Jarvakandi_vallavalitsus, lk 4
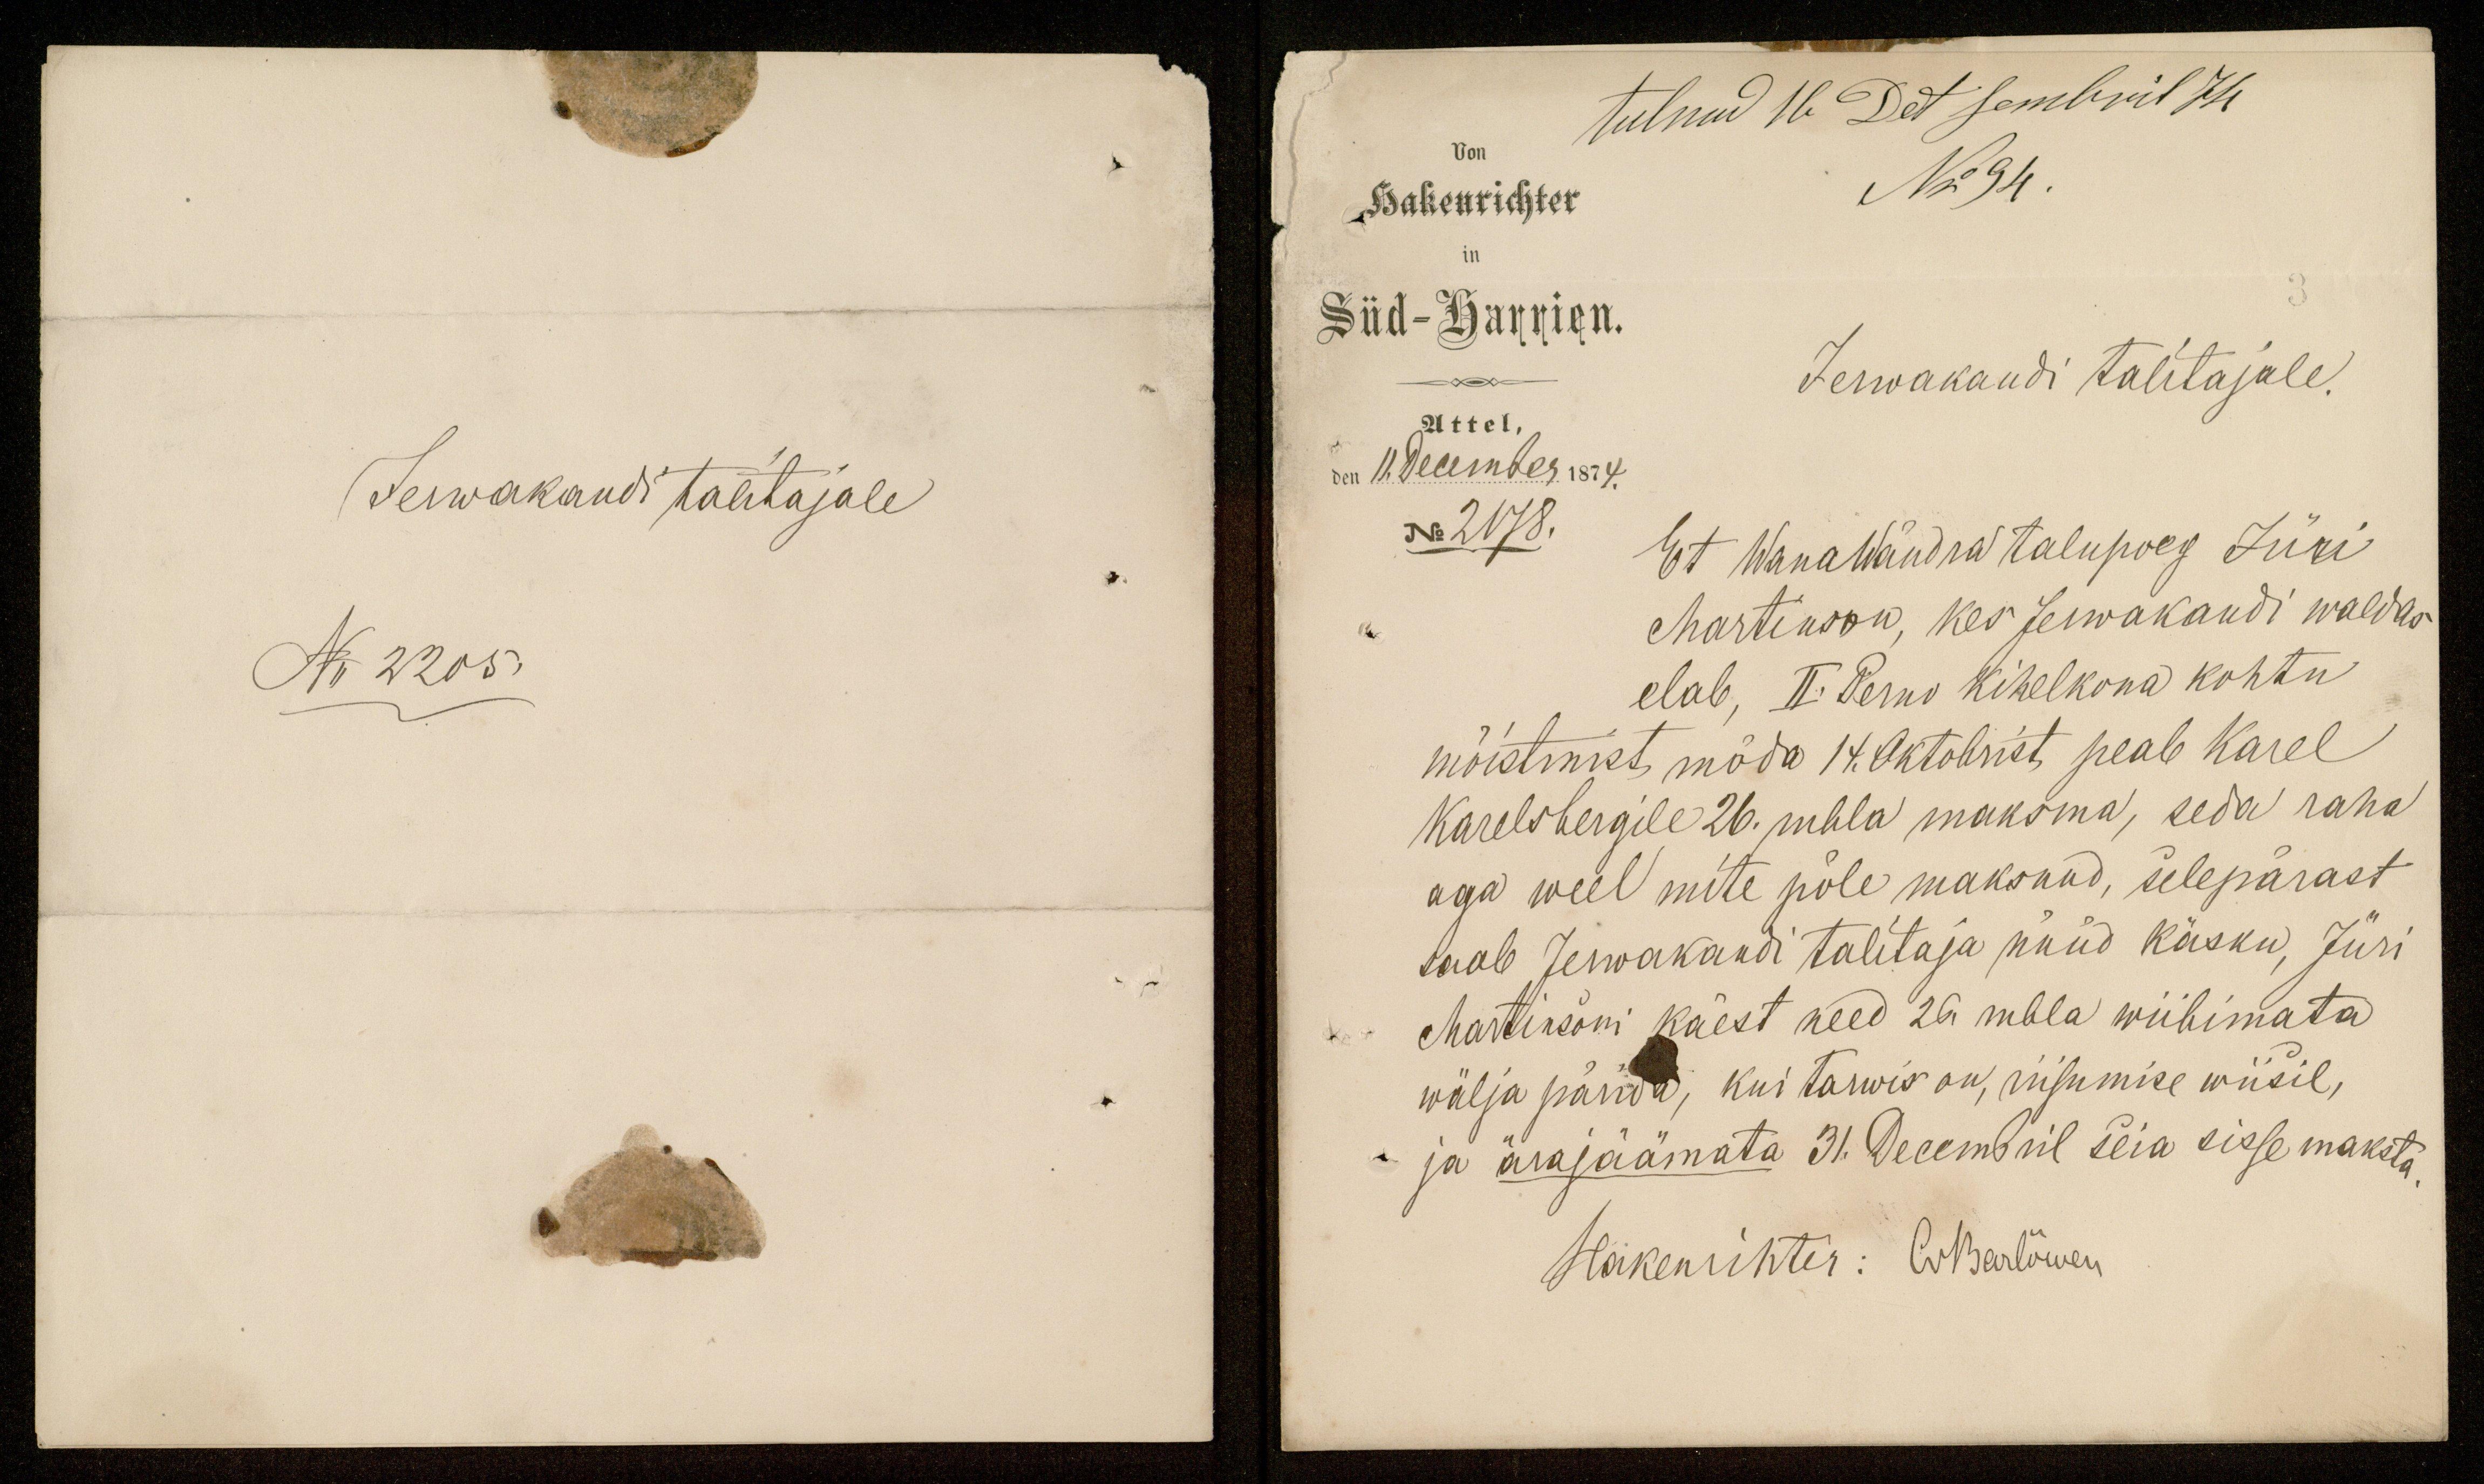
Jerwakandi talitajale
No 2205.

tulnud 16 Detsembril 74
Vom
Hakenrichter
No 94.
in
Süd-Harrien.
Jerwakandi talitajale.
Attel,
den 11. Decembr 1874.
No 2178.
Et Wanawändra talupoeg Jüri
Martinson, kes Jerwakandi waldas
elab, II. Perno kihelkona kohtu
mõistmist möda 14. oktobrist, peab Karel
Karelsbergile 26. rubla maksma, seda raha
aga weel mite põle maksnud, selepärast
saab Jerwakandi talitaja nüüd käsku, Jüri
Martinsoni käest need 26 rubla wiibimata
wälja pärida, kui tarwis on, riisumise wiisil,
ja ärajäämata 31. Decembril seia sisse maksta.
Hakenrichter: O. Barlõwen